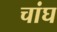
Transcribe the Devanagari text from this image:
चांघ